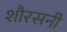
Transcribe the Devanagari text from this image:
शौरसनी